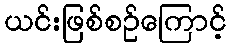
ယင်းဖြစ်စဉ်ကြောင့်